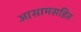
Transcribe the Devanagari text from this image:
आसामसहित